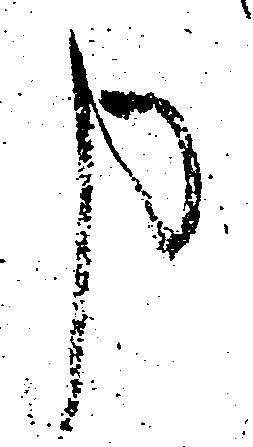
申